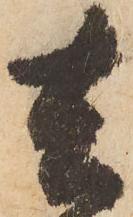
去